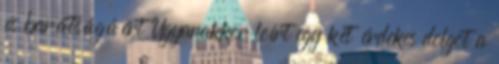
és barátságáért Ugyanakkor leírt egy két érdekes dolgot a